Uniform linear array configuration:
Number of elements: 12
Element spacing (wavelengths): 0.25
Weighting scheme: uniform
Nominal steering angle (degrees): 30
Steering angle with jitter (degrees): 30.095
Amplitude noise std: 0.05
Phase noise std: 0.05

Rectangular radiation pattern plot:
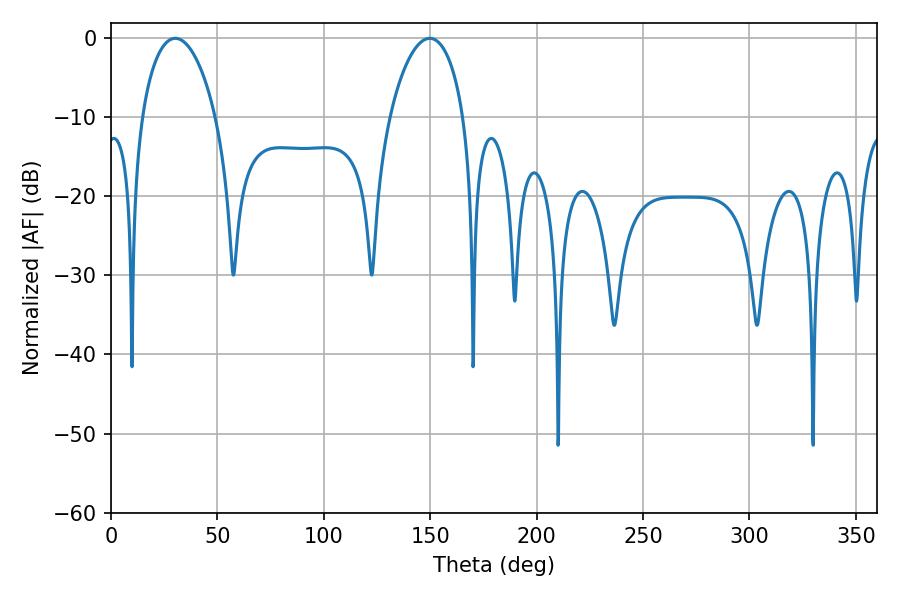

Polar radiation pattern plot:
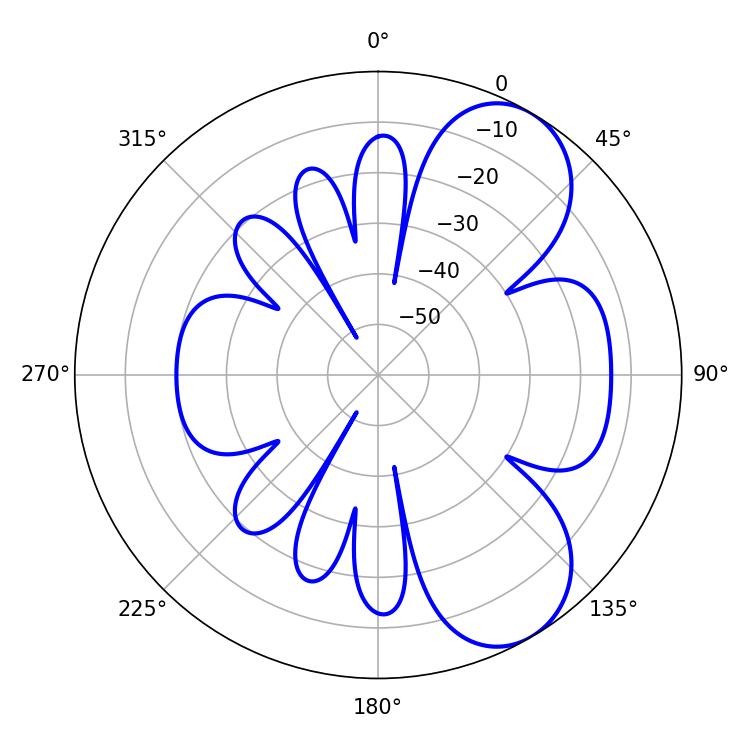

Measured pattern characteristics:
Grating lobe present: FALSE
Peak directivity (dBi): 7.107
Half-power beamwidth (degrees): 19.8
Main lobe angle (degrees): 30.24